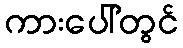
ကားပေါ်တွင်